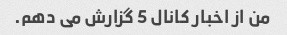
من از اخبار کانال 5 گزارش می دهم.